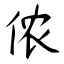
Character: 侬